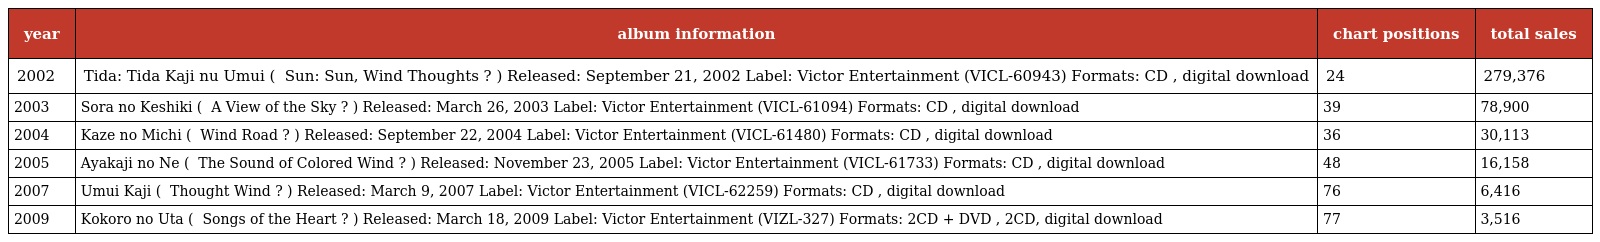
| year | album information | chart positions | total sales |
 | --- | --- | --- | --- |
 | 2002 | Tida: Tida Kaji nu Umui ( てぃだ～太陽・風ぬ想い～ Sun: Sun, Wind Thoughts ? ) Released: September 21, 2002 Label: Victor Entertainment (VICL-60943) Formats: CD , digital download | 24 | 279,376 |
 | 2003 | Sora no Keshiki ( 空の風景 A View of the Sky ? ) Released: March 26, 2003 Label: Victor Entertainment (VICL-61094) Formats: CD , digital download | 39 | 78,900 |
 | 2004 | Kaze no Michi ( 風の道 Wind Road ? ) Released: September 22, 2004 Label: Victor Entertainment (VICL-61480) Formats: CD , digital download | 36 | 30,113 |
 | 2005 | Ayakaji no Ne ( 彩風の音 The Sound of Colored Wind ? ) Released: November 23, 2005 Label: Victor Entertainment (VICL-61733) Formats: CD , digital download | 48 | 16,158 |
 | 2007 | Umui Kaji ( 想い風 Thought Wind ? ) Released: March 9, 2007 Label: Victor Entertainment (VICL-62259) Formats: CD , digital download | 76 | 6,416 |
 | 2009 | Kokoro no Uta ( ココロノウタ Songs of the Heart ? ) Released: March 18, 2009 Label: Victor Entertainment (VIZL-327) Formats: 2CD + DVD , 2CD, digital download | 77 | 3,516 |